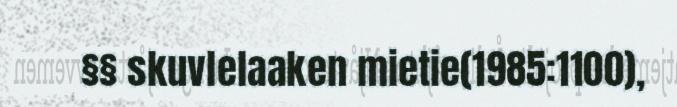
§§ skuvlelaaken mietie(1985:1100),